Indian journal of veterinary science and animal husbandry - Volume 12,
Year: 1942
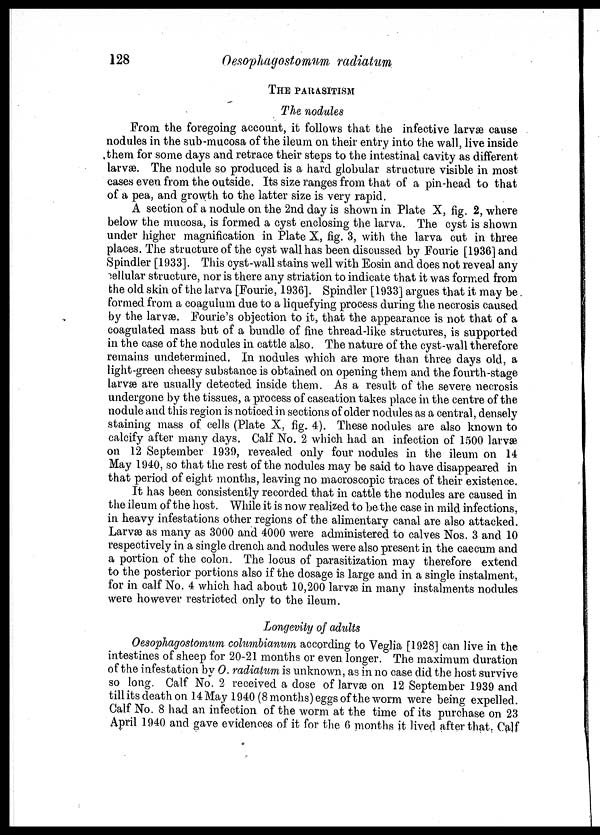
128
Oesophagostomum radiatum
THE PARASITISM
The nodules
From the foregoing account, it follows that the infective larvæ cause
nodules in the sub-mucosa of the ileum on their entry into the wall, live inside
them for some days and retrace their steps to the intestinal cavity as different
larvæ. The nodule so produced is a hard globular structure visible in most
cases even from the outside. Its size ranges from that of a pin-head to that
of a pea, and growth to the latter size is very rapid.
A section of a nodule on the 2nd day is shown in Plate X, fig. 2, where
below the mucosa, is formed a cyst enclosing the larva. The cyst is shown
under higher magnification in Plate X, fig. 3, with the larva cut in three
places. The structure of the cyst wall has been discussed by Fourie [1936] and
Spindler [1933]. This cyst-wall stains well with Eosin and does not reveal any
cellular structure, nor is there any striation to indicate that it was formed from
the old skin of the larva [Fourie, 1936]. Spindler [1933] argues that it may be
formed from a coagulum due to a liquefying process during the necrosis caused
by the larvæ. Fourie's objection to it, that the appearance is not that of a
coagulated mass but of a bundle of fine thread-like structures, is supported
in the case of the nodules in cattle also. The nature of the cyst-wall therefore
remains undetermined. In nodules which are more than three days old, a
light-green cheesy substance is obtained on opening them and the fourth-stage
larvæ are usually detected inside them. As a result of the severe necrosis
undergone by the tissues, a process of caseation takes place in the centre of the
nodule and this region is noticed in sections of older nodules as a central, densely
staining mass of cells (Plate X, fig. 4). These nodules are also known to
calcify after many days. Calf No. 2 which had an infection of 1500 larvæ
on 12 September 1939, revealed only four nodules in the ileum on 14
May 1940, so that the rest of the nodules may be said to have disappeared in
that period of eight months, leaving no macroscopic traces of their existence.
It has been consistently recorded that in cattle the nodules are caused in
the ileum of the host. While it is now realized to be the case in mild infections,
in heavy infestations other regions of the alimentary canal are also attacked.
Larvæ as many as 3000 and 4000 were administered to calves Nos. 3 and 10
respectively in a single drench and nodules were also present in the caecum and
a portion of the colon. The locus of parasitization may therefore extend
to the posterior portions also if the dosage is large and in a single instalment,
for in calf No. 4 which had about 10,200 larvæ in many instalments nodules
were however restricted only to the ileum.
Longevity of adults
Oesophagostomum columbianum according to Veglia [1928] can live in the
intestines of sheep for 20-21 months or even longer. The maximum duration
of the infestation by O. radiatum is unknown, as in no case did the host survive
so long. Calf No. 2 received a dose of larvæ on 12 September 1939 and
till its death on 14 May 1940 (8 months) eggs of the worm were being expelled.
Calf No. 8 had an infection of the worm at the time of its purchase on 23
April 1940 and gave evidences of it for the 6 months it lived after that. Calf